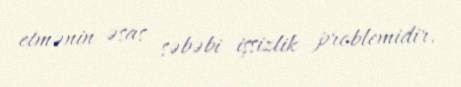
etmənin əsas səbəbi işsizlik problemidir.